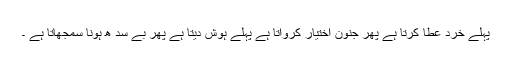
پہلے خرد عطا کرتا ہے پھر جنون اختیار کرواتا ہے پہلے ہوش دیتا ہے پھر بے سد ھ ہونا سمجھاتا ہے ۔